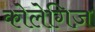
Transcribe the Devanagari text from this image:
कोलेगिज़